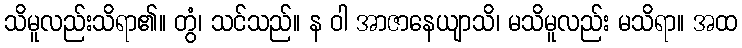
သိမူလည်းသိရာ၏။ တွံ၊ သင်သည်။ န ဝါ အာဇာနေယျာသိ၊ မသိမူလည်း မသိရာ။ အထ